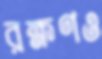
রক্ষণও